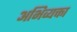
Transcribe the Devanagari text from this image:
अभिव्यक्ता